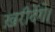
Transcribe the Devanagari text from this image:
ख़रीदेंगे।